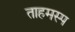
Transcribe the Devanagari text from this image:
ताहमस्प